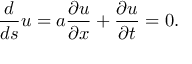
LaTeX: { \frac { d } { d s } } u = a { \frac { \partial u } { \partial x } } + { \frac { \partial u } { \partial t } } = 0 .